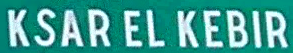
KSAR EL KEBIR